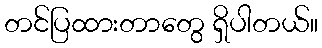
တင်ပြထားတာတွေ ရှိပါတယ်။